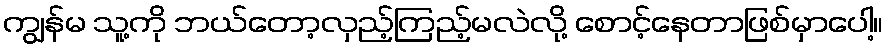
ကျွန်မ သူ့ကို ဘယ်တော့လှည့်ကြည့်မလဲလို့ စောင့်နေတာဖြစ်မှာပေါ့။